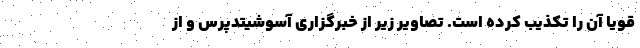
قویا آن را تکذیب کرده است. تصاویر زیر از خبرگزاری آسوشیتدپرس و از